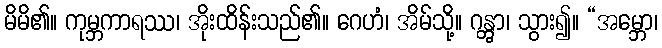
မိမိ၏။ ကုမ္ဘကာရဿ၊ အိုးထိန်းသည်၏။ ဂေဟံ၊ အိမ်သို့။ ဂန္တွာ၊ သွား၍။ “အမ္ဘော၊